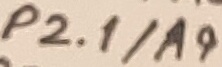
Text: P2.1/A9